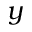
y